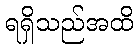
ရရှိသည်အထိ